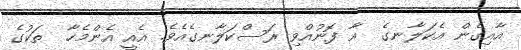
އާއިގެން އެކަލާނގެ  އާ ފޮނުއްވި ރަސްކަލާނގެއެވެ. އެއީ އެންމެހާ  ތަކުގެ